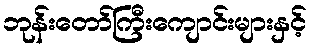
ဘုန်းတော်ကြီးကျောင်းများနှင့်